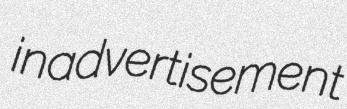
inadvertisement